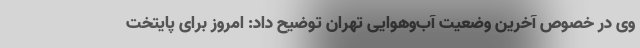
وی در خصوص آخرین وضعیت آب‌وهوایی تهران توضیح داد: امروز برای پایتخت